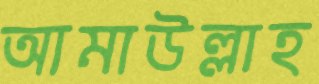
আমাউল্লাহ